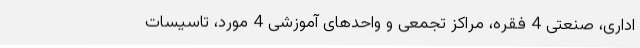
اداری، صنعتی 4 فقره، مراکز تجمعی و واحدهای آموزشی 4 مورد، تاسیسات